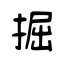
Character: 掘